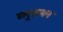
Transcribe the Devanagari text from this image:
ब्लूज़मन